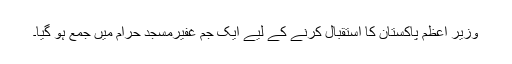
وزیر اعظم پاکستان کا استقبال کرنے کے لیے ایک جم غفیرمسجد حرام میں جمع ہو گیا۔